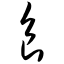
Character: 食